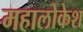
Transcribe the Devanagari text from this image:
महालोकेश